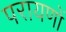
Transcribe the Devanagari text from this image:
परायणों